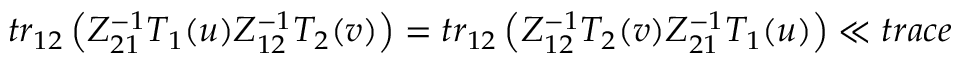
t r _ { 1 2 } \left( Z _ { 2 1 } ^ { - 1 } T _ { 1 } ( u ) Z _ { 1 2 } ^ { - 1 } T _ { 2 } ( v ) \right) = t r _ { 1 2 } \left( Z _ { 1 2 } ^ { - 1 } T _ { 2 } ( v ) Z _ { 2 1 } ^ { - 1 } T _ { 1 } ( u ) \right) \ll { t r a c e }